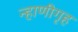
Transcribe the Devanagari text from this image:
न्हाणीगृह